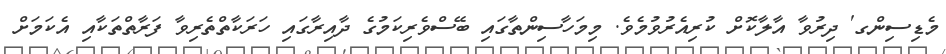
މެޑިސިންގ' ދިރުވާ އާލާކޮށް ކުރިއެރުވުމެވެ. މިމަހާސިންތާގައި ބޭސްވެރިކަމުގެ ދާއިރާގައި ހަރަކާތްތެރިވާ ފަރާތްތަކާއި އެކަމަށް